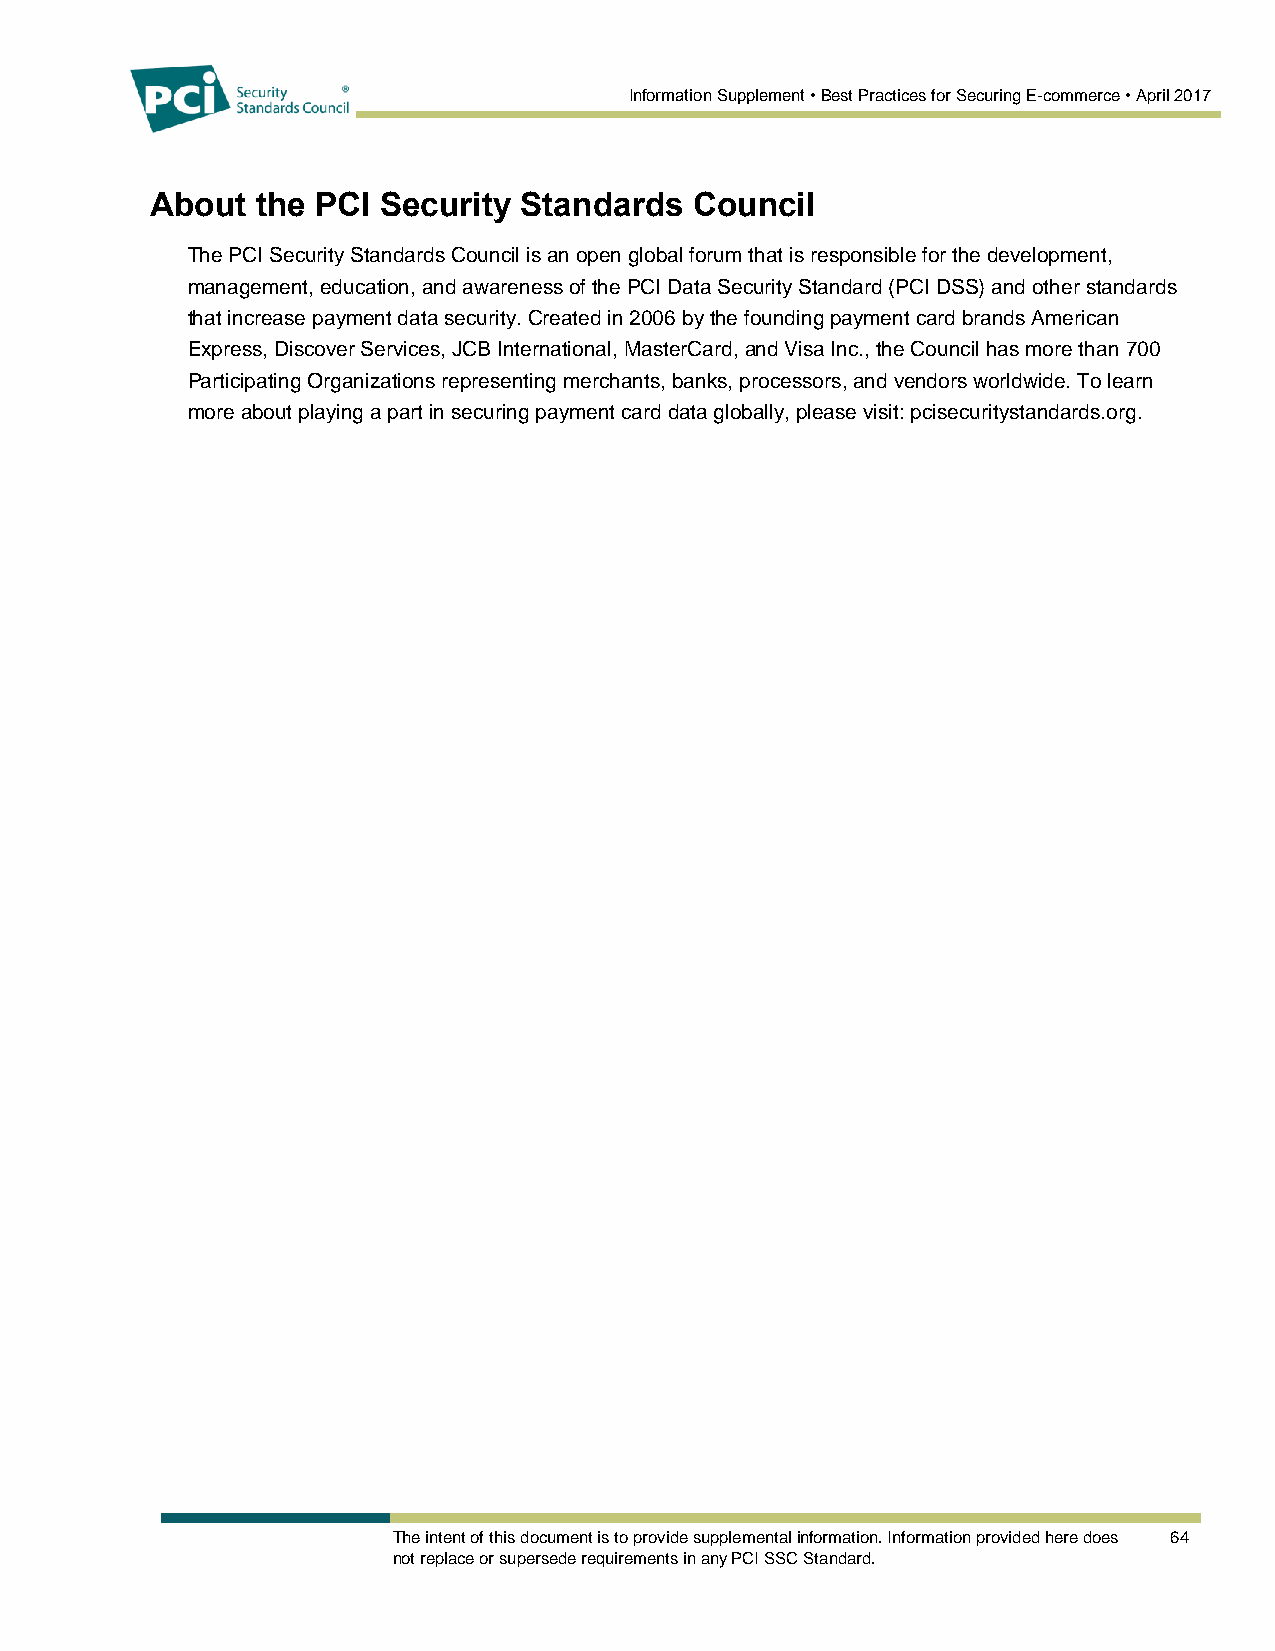
Information Supplement • Best Practices for Securing E-commerce • April 2017
 About  the PCI Security Standards   Council
 The PCI Security Standards Council is an open global forum that is responsible for the development,
 management, education, and awareness of the PCI Data Security Standard (PCI DSS) and other standards
 that increase payment data security. Created in 2006 by the founding payment card brands American
 Express, Discover Services, JCB International, MasterCard, and Visa Inc., the Council has more than 700
 Participating Organizations representing merchants, banks, processors, and vendors worldwide. To learn
 more about playing a part in securing payment card data globally, please visit: pcisecuritystandards.org.
 The intent of this document is to provide supplemental information. Information provided here does 64
 not replace or supersede requirements in any PCI SSC Standard.